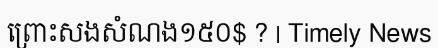
ព្រោះសងសំណង១៥០$ ? | Timely News